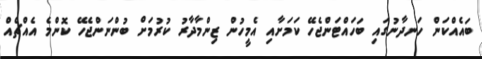
ބައެއްކަން ހަނދާނުގައި ބަހައްޓަންޖެހޭ ކަމަށާއި އެމީހުން ޒިންމާދާރު ކުރުމަށް ބުންނަންޖެހޭ ކޮންމެ އެއްޗެއް